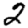
Digit: 2